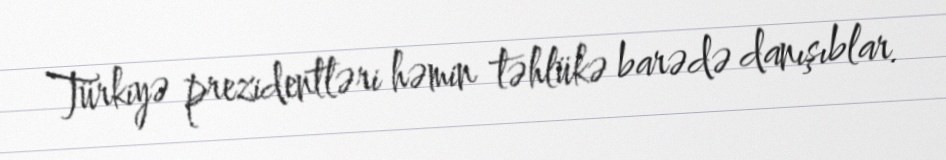
Türkiyə prezidentləri həmin təhlükə barədə danışıblar.